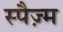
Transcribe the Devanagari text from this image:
स्पैज़्म